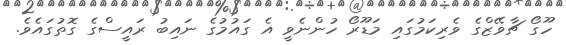
ހޫގޯ ޗާވޭޒްގެ ވެރިކަމުގައި މަޑޫރޯ ހުންނެވީ އެ ގައުމުގެ ނައިބު ރައީސްގެ ގޮތުގައެވެ.